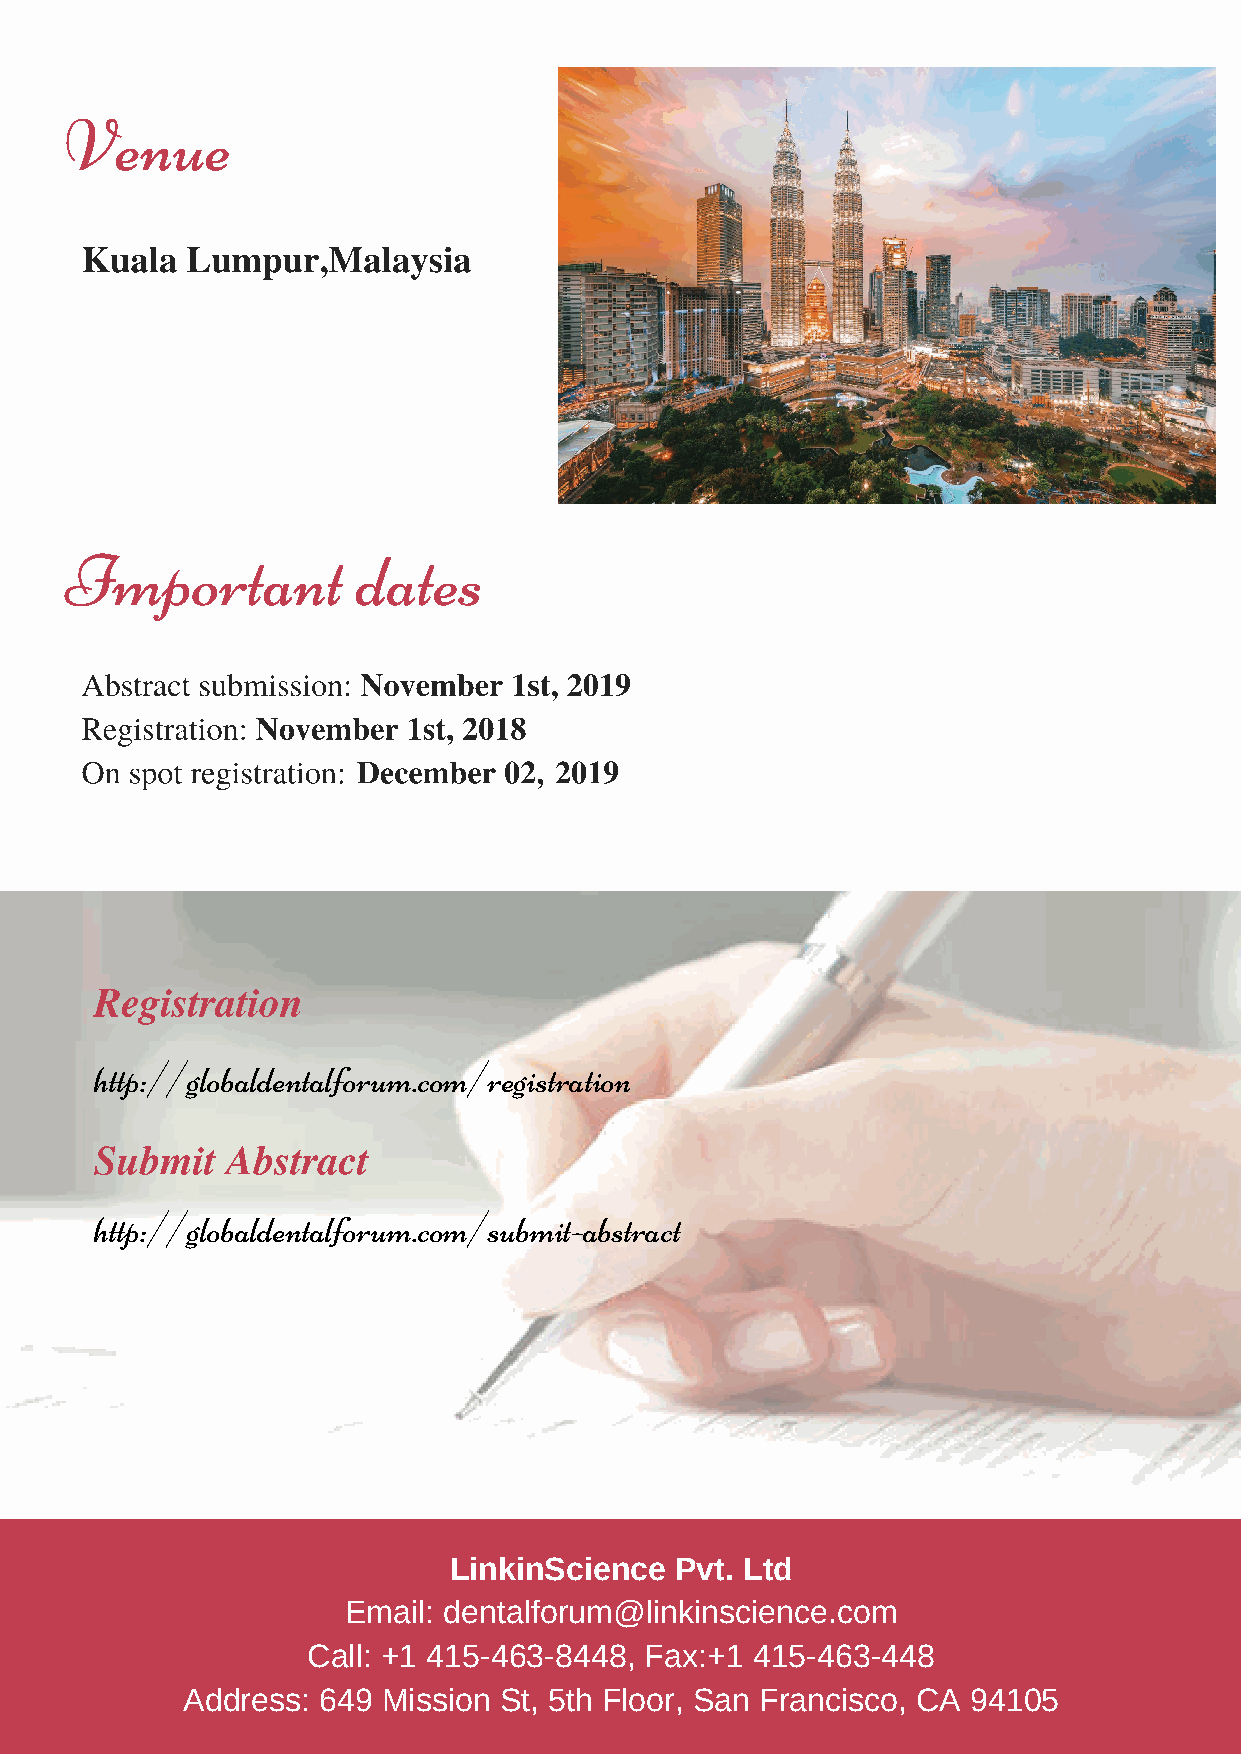
Venue
 Kuala  Lumpur,Malaysia
 Important           dates
 Abstract submission: November 1st, 2019
 Registration: November 1st, 2018
 On  spot registration: December 02, 2019
 Registration
 http://globaldentalforum.com/registration
 Submit   Abstract
 http://globaldentalforum.com/submit-abstract
 LinkinScience  Pvt. Ltd
 Email: dentalforum@linkinscience.com
 Call: +1 415-463-8448, Fax:+1 415-463-448
 Address: 649 Mission St, 5th Floor, San Francisco, CA 94105